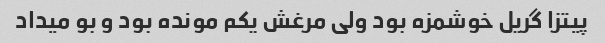
پیتزا گریل خوشمزه بود ولی مرغش یکم مونده بود و بو میداد